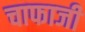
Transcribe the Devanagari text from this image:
चाफाजी